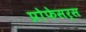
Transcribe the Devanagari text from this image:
प्रोफेसर्स